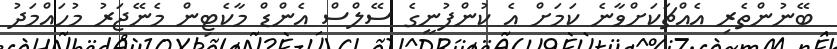
ބޭނުންތެރި އެއްޗަކަށްވާނެ ކަަމަށް އެ ކުންފުނީގެ ސޭލްސް އެންޑް މާކެޓިން މެނޭޖަރު މުހައްމަދު